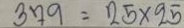
379 = 25 x 25